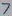
Text: 7